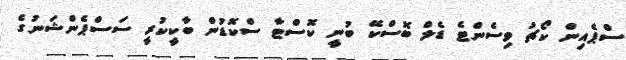
ސްޕެއިން ކޯޗު ވިސެންޓެ ޑެލް ބޮސްކޭ ބުނީ ކޮސްޓާ ސްކޮޑުން ބާކީކުރީ ސަސްޕެންޝަނުގެ